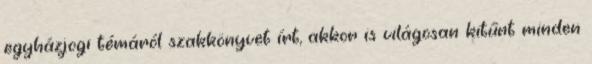
egyházjogi témáról szakkönyvet írt, akkor is világosan kitűnt minden